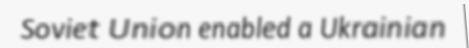
Soviet Union enabled a Ukrainian